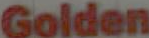
Golden